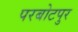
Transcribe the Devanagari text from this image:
परबोटपुर